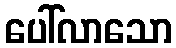
ပေါ်လာသော